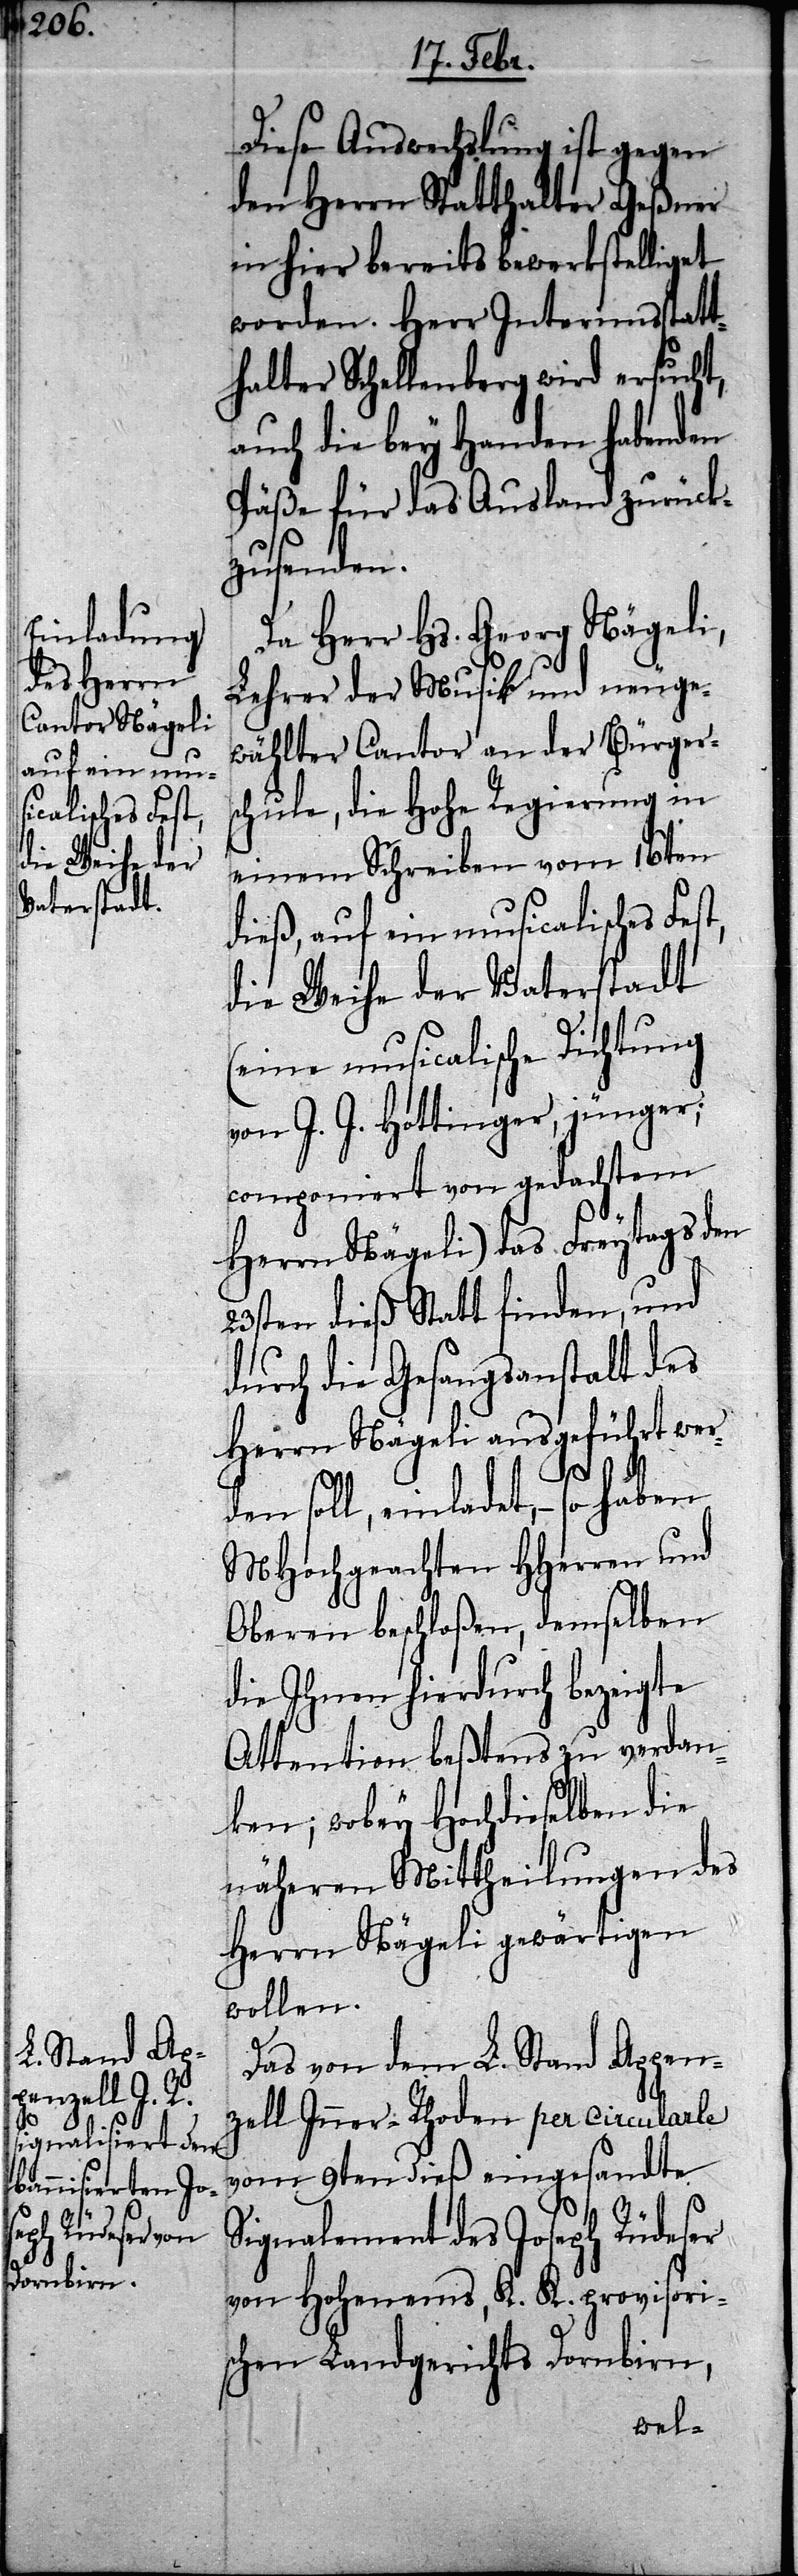
Diese Auswechslung ist gegen
den Herrn Statthalter Geßner
in hier bereits bewerkstelliget
worden. Herr Interimsstatt¬
halter Schellenberg wird ersucht,
auch die bey Handen habenden
Päße für das Ausland zurück¬
zusenden.
Da Herr Hs. Georg Nägeli,
Lehrer der Musik und neuge¬
wählter Cantor an der Bürger¬
schule, die hohe Regierung in
einem Schreiben vom 16ten
dieß, auf ein musicalisches Fest,
die Weihe der Vaterstadt
(eine musicalische Dichtung
von J. J. Hottinger, jünger;
componiert von gedachtem
Herrn Nägeli) das Freytags den
23sten dieß Statt finden, und
durch die Gesangsanstalt des
Herrn Nägeli ausgeführt wer¬
den soll, einladet, – so haben
MHochgeachten HHerren und
Oberen beschloßen, demselben
die Ihnen hierdurch bezeigte
Attention beßtens zu verdan¬
ken; wobey Hochdieselben die
näheren Mittheilungen des
Herrn Nägeli gewärtigen
wollen.
Das von dem L. Stand Appen¬
zell Inner-Rhoden per circular[?l]e
vom 9ten dieß eingesandte
Signalement des Joseph Rüdeser
von Hohenems, K. K. provisori¬
schen Landgerichts Dornbirn,